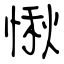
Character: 愀